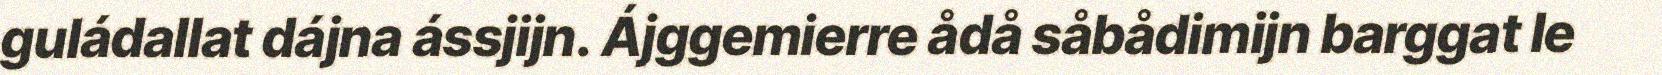
guládallat dájna ássjijn. Ájggemierre ådå såbådimijn barggat le